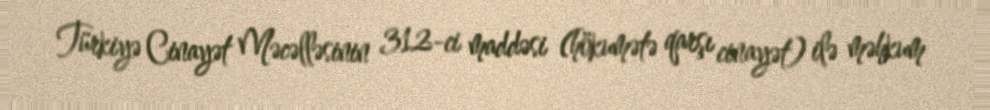
Türkiyə Cinayət Məcəlləsinin 312-ci maddəsi (hökumətə qarşı cinayət) ilə məhkum